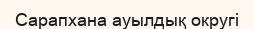
Сарапхана ауылдық округі